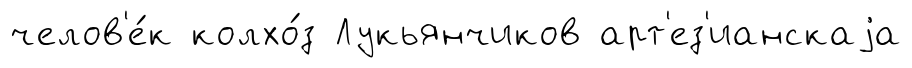
челов'е́к колхо́з Лукьянчиков арт'ез'ианскаjа